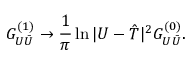
G _ { U { \bar { U } } } ^ { ( 1 ) } \rightarrow \frac { 1 } { \pi } \ln | U - { \hat { T } } | ^ { 2 } G _ { U { \bar { U } } } ^ { ( 0 ) } .